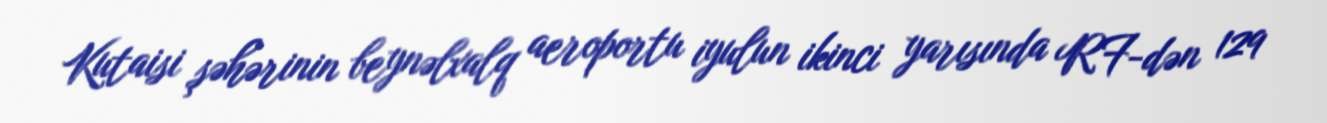
Kutaisi şəhərinin beynəlxalq aeroportu iyulun ikinci yarısında RF-dən 129